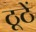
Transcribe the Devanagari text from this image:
ठूठें